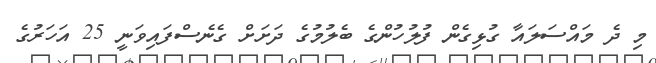
މި ދެ މައްސަލައާ ގުޅިގެން ފުލުހުންގެ ބެެލުމުގެ ދަށަށް ގެނެސްފައިވަނީ 25 އަހަރުގެ